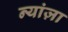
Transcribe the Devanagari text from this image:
न्यांज़ा